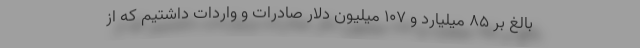
بالغ بر ۸۵ میلیارد و ۱۰۷ میلیون دلار صادرات و واردات داشتیم که از